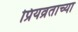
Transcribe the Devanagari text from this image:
प्रियव्रताच्या